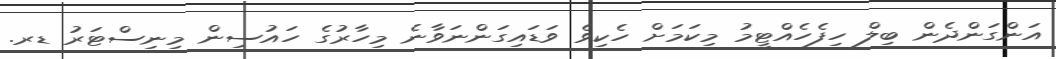
އަންގަންދެން ބިލް ހިފެހެއްޓީމު މިކަމަށް ހެކިވެ ވަޑައިގަންނަވާނެ މިހާރުގެ ހައުސިން މިނިސްޓަރު ޑރ.